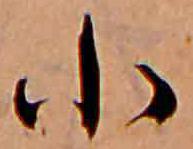
小